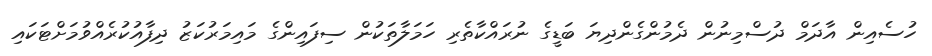
ހުސެއިން އާދަމް ދުސްމިނުން ދެމުންގެންދިޔަ ބަޑީގެ ނުރައްކާތެރި ހަމަލާތަކުން ސިފައިންގެ މައިމަރުކަޒު ދިފާއުކުރެއްވުމަށްޓަކައި